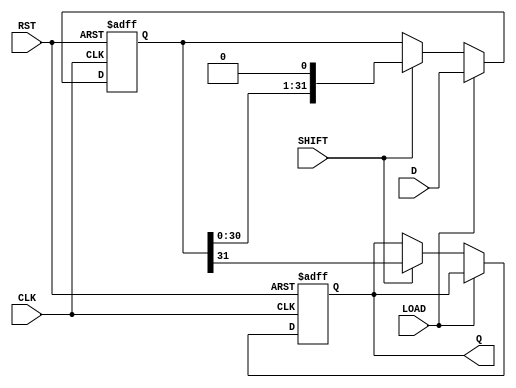
module piso_register (
    input wire [31:0] D,      // 32-bit data input bus
    input wire LOAD,          // Load control signal
    input wire SHIFT,         // Shift control signal
    input wire CLK,           // Clock signal
    input wire RST,           // Asynchronous reset signal
    output reg Q              // Serial output
);

    reg [31:0] shift_reg;     // 32-bit shift register

    always @(posedge CLK or posedge RST) begin
        if (RST) begin
            shift_reg <= 32'b0; // Clear the shift register
            Q <= 1'b0;          // Initialize serial output to 0
        end else begin
            if (LOAD) begin
                shift_reg <= D; // Load data into shift register on LOAD
            end else if (SHIFT) begin
                Q <= shift_reg[31]; // Output the MSB on Q
                shift_reg <= {shift_reg[30:0], 1'b0}; // Shift right
            end
        end
    end

endmodule